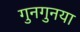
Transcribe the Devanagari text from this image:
गुनगुनया